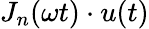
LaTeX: J_{n}(\omega t)\cdot u(t)